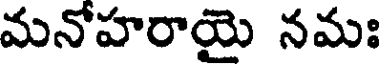
మనోహరాయై నమః